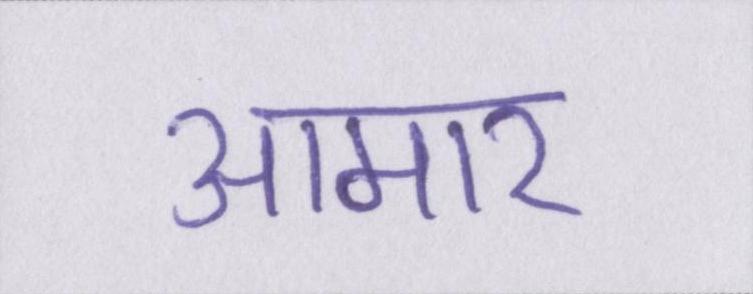
आमार